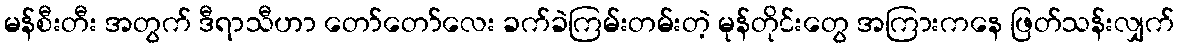
မန်စီးတီး အတွက် ဒီရာသီဟာ တော်တော်လေး ခက်ခဲကြမ်းတမ်းတဲ့ မုန်တိုင်းတွေ အကြားကနေ ဖြတ်သန်းလျှက်